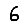
Digit: 6